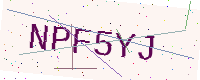
Text: NPF5YJ